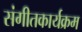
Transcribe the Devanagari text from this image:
संगीतकार्यक्रम